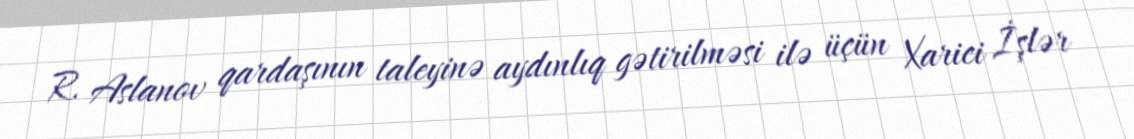
R. Aslanov qardaşının taleyinə aydınlıq gətirilməsi ilə üçün Xarici İşlər